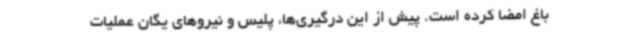
باغ امضا کرده است. پیش از این درگیری‌ها، پلیس و نیروهای یگان عملیات